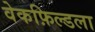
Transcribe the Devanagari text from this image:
वेकफ़िल्डला